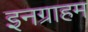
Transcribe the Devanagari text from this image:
इनग्राहम